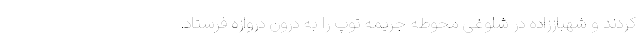
کردند و شهباززاده در شلوغی محوطه جریمه توپ را به درون دروازه فرستاد.